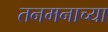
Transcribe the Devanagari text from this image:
तनमनाच्या